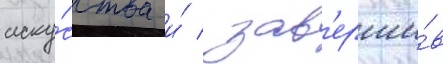
иску́сства и́ / зав'ерши́в